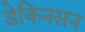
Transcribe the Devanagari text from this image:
डेकिनसन